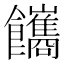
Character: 䭨